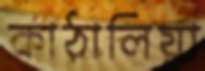
কাঠালিয়া